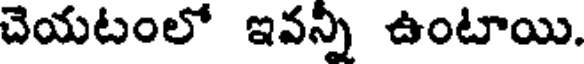
చెయటంలో ఇవన్ని ఉంటాయి.